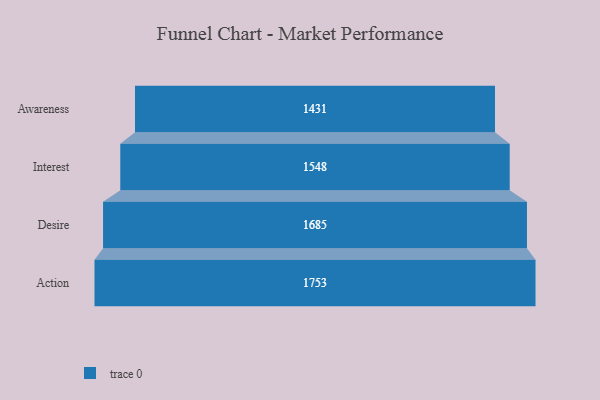
{"axis": {"x": "Stage", "y": "Value"}, "legend": [""], "data": [{"x": "Awareness", "y": 1431.0, "type": ""}, {"x": "Interest", "y": 1548.0, "type": ""}, {"x": "Desire", "y": 1685.0, "type": ""}, {"x": "Action", "y": 1753.0, "type": ""}]}